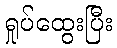
ရှုပ်ထွေးပြီး